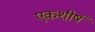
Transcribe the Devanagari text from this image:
एकशीर्ष